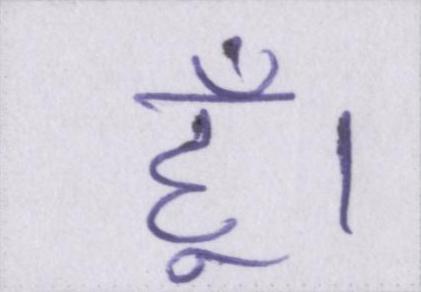
हूँ।